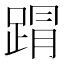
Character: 𮛥